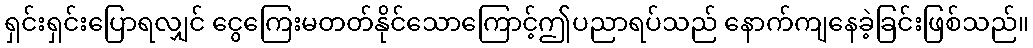
ရှင်းရှင်းပြောရလျှင် ငွေကြေးမတတ်နိုင်သောကြောင့်ဤပညာရပ်သည် နောက်ကျနေခဲ့ခြင်းဖြစ်သည်။